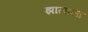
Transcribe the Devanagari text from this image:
झालाला